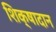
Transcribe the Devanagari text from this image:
शिक्षादान